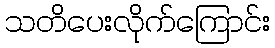
သတိပေးလိုက်ကြောင်း